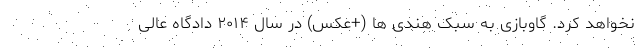
نخواهد کرد. گاوبازی به سبک هندی ها (+عکس) در سال ۲۰۱۴ دادگاه عالی